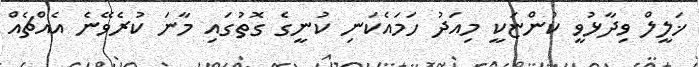
ޚަލީލް ވިދާޅުވީ ކުންޏަކީ މިއަދު ހަމައެކަނި ކުނީގެ ގޮތުގައި މާނަ ކުރެވޭނެ އެއްޗެއް